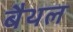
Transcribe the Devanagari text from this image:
बैथल